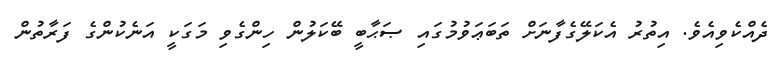
ދެއްކެވިއެވެ. އިތުރު އެކަލޭގެފާނަށް ތަބަޢަވުމުގައި ޞަޙާބީ ބޭކަލުން ހިންގެވި މަގަކީ އަނެކުންގެ ފަރާތުން